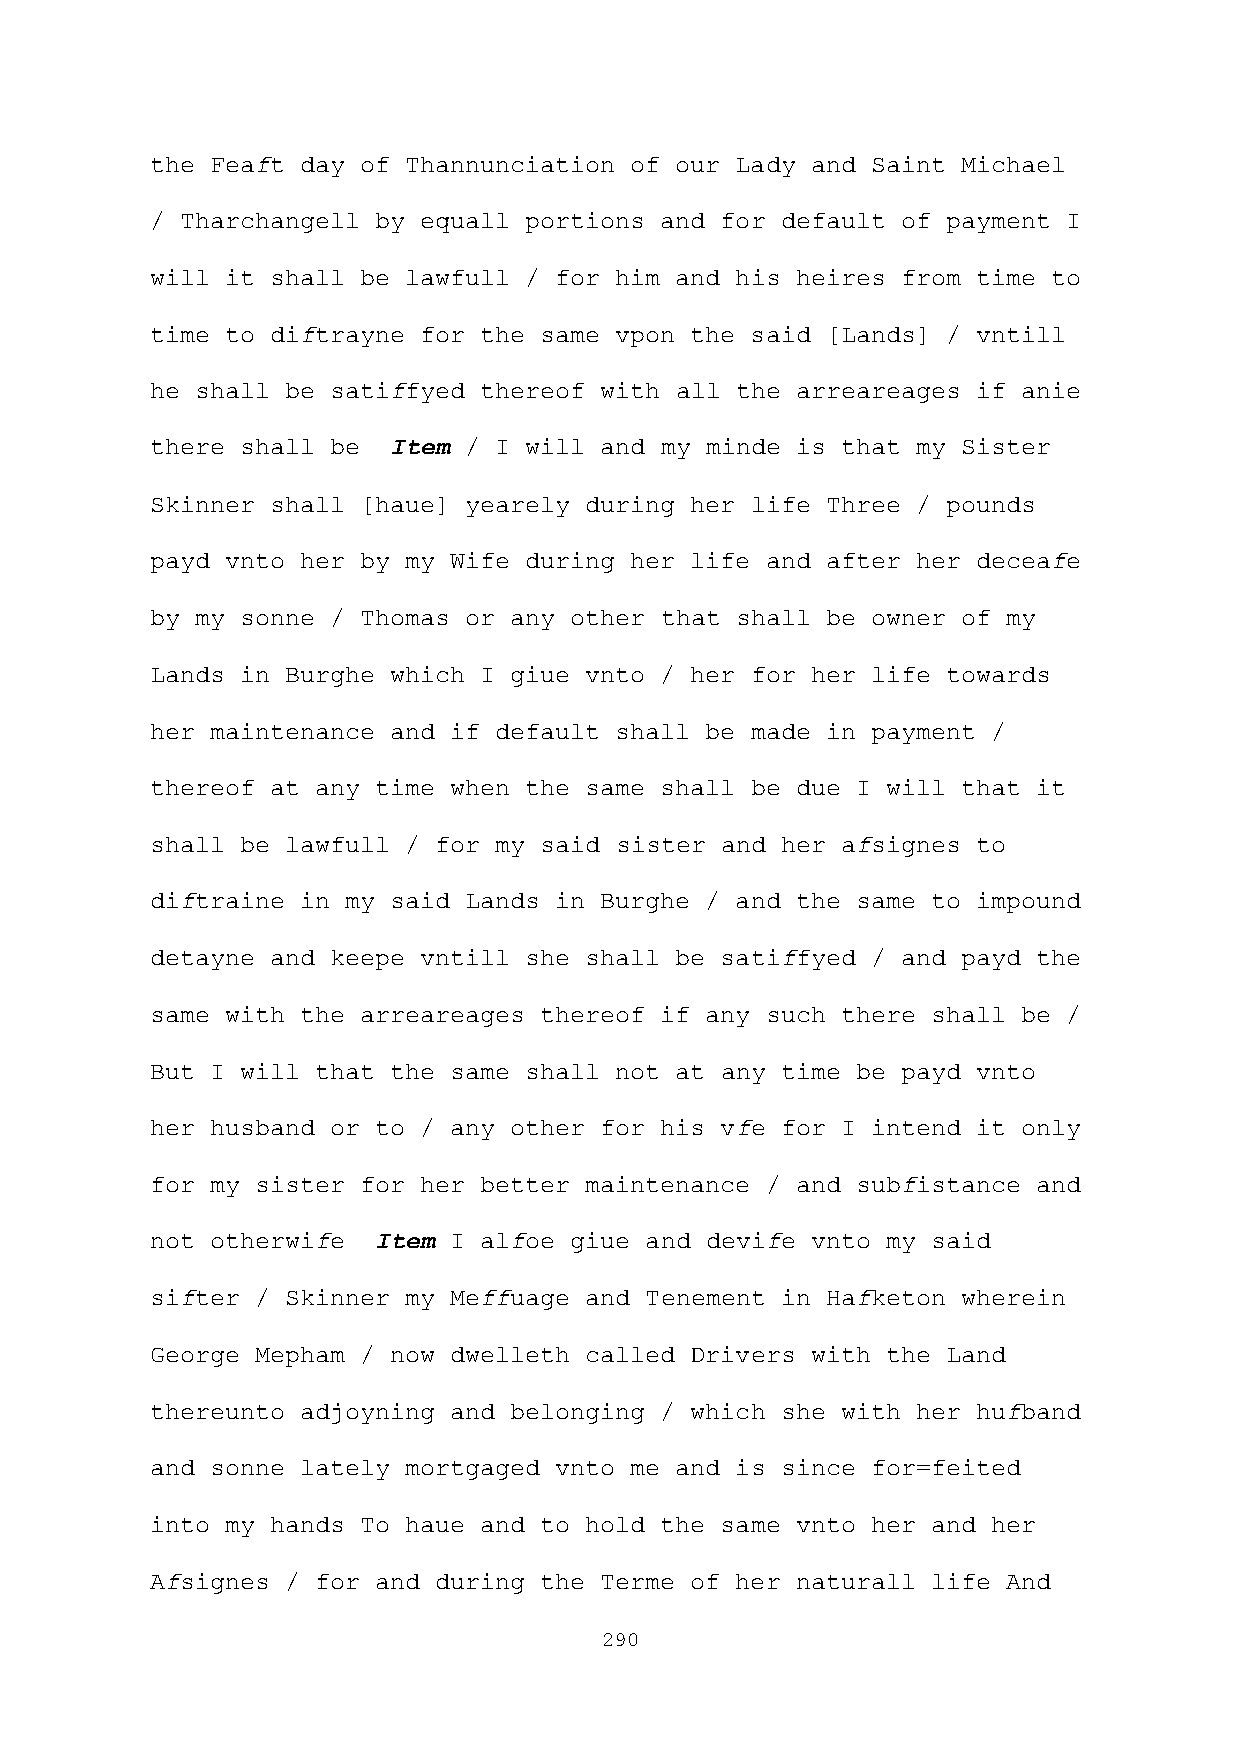
the Feaft day of Thannunciation of our Lady and Saint Michael
 / Tharchangell by equall portions and for default of payment I
 will it shall be lawfull / for him and his heires from time to
 time to diftrayne for the same vpon the said [Lands] / vntill
 he shall be satiffyed thereof with all the arreareages if anie
 there shall be  Item / I will and my minde is that my Sister
 Skinner shall [haue] yearely during her life Three / pounds
 payd vnto her by my Wife during her life and after her deceafe
 by my sonne / Thomas or any other that shall be owner of my
 Lands in Burghe which I giue vnto / her for her life towards
 her maintenance and if default shall be made in payment /
 thereof at any time when the same shall be due I will that it
 shall be lawfull / for my said sister and her afsignes to
 diftraine in my said Lands in Burghe / and the same to impound
 detayne and keepe vntill she shall be satiffyed / and payd the
 same with the arreareages thereof if any such there shall be /
 But I will that the same shall not at any time be payd vnto
 her husband or to / any other for his vfe for I intend it only
 for my sister for her better maintenance / and subfistance and
 not otherwife  Item I alfoe giue and devife vnto my said
 sifter / Skinner my Meffuage and Tenement in Hafketon wherein
 George Mepham / now dwelleth called Drivers with the Land
 thereunto adjoyning and belonging / which she with her hufband
 and sonne lately mortgaged vnto me and is since for=feited
 into my hands To haue and to hold the same vnto her and her
 Afsignes / for and during the Terme of her naturall life And
 290